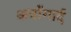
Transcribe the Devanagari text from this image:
अवाँगार्द